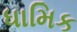
ધામિક